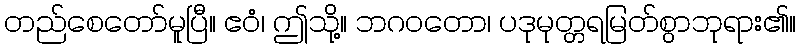
တည်စေတော်မူပြီ။ ဧဝံ၊ ဤသို့။ ဘဂဝတော၊ ပဒုမုတ္တရမြတ်စွာဘုရား၏။